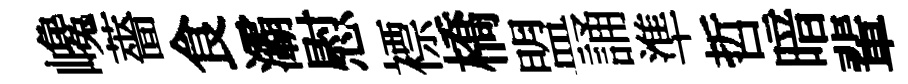
巉薔食灞慰褾橋盟誦準哲暗輩